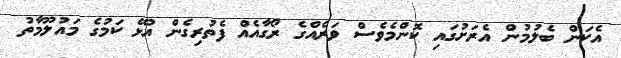
އެކަން ބެލުމުން އެރަށުގައި ކޮންމެވެސް ވަރެއްގެ ރޯގާއެއް ފެތުރިގެން އުޅޭ ކަމުގެ މައުލޫމާތު